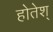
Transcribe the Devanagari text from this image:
होतेश्